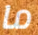
ما